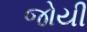
જોયી